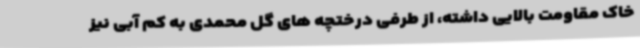
خاک مقاومت بالایی داشته، از طرفی درختچه های گل محمدی به کم آبی نیز